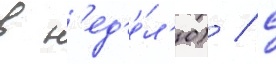
в н'ед'е́л'ю) / с